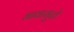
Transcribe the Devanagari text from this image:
भावामुळे